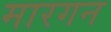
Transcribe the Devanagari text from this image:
मारगन